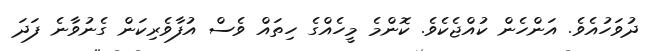
ދުވަހުއެވެ. އަންހެން ކުއްޖެކެވެ. ކޮންމެ މީހެއްގެ ހިތައް ވެސް އުފާވެރިކަން ގެނުވާނެ ފަދަ